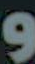
و